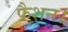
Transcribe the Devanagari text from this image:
फैशन।